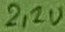
Text: 2,2V